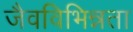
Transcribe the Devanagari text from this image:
जैवविभिन्नता